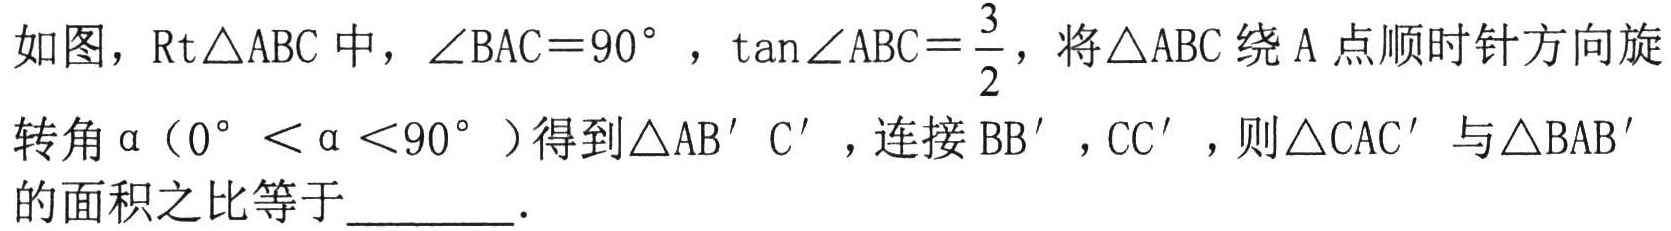
如图，\(\text{Rt}\triangle ABC\)中，\(\angle BAC = 90^{\circ}\)，\(\tan\angle ABC=\frac{3}{2}\)，将\(\triangle ABC\)绕\(A\)点顺时针方向旋
转角\(\alpha\)（\(0^{\circ}<\alpha<90^{\circ}\)）得到\(\triangle AB'C'\)，连接\(BB'\)，\(CC'\)，则\(\triangle CAC'\)与\(\triangle BAB'\)
的面积之比等于  ．